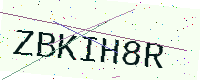
Text: ZBKIH8R